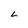
Character: L